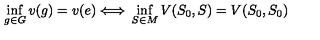
\inf _ { g \in G } v ( g ) = v ( e ) \Longleftrightarrow { } \inf _ { S \in M } V ( S _ { 0 } , S ) = V ( S _ { 0 } , S _ { 0 } )